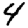
Digit: 4